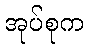
အုပ်စုက